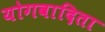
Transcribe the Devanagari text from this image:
योगवादिता